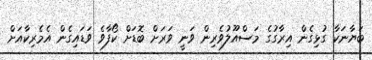
ބަޔާނަކާ ގުޅިގެން އިރާގުގެ މަސްއޫލުވެރިން ވަނީ ވަރަށް ބޮޑަށް ކޯފާވެ ވަޑައިގެން އެމެރިކާއަށް